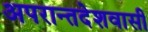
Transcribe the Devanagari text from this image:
अपरान्तदेशवासी